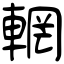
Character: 輞